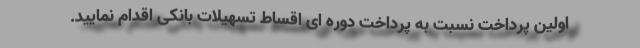
اولین پرداخت نسبت به پرداخت دوره ای اقساط تسهیلات بانکی اقدام نمایید.